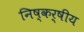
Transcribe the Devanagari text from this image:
निष्कर्षीय